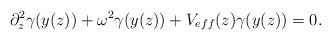
LaTeX: \begin{align*}\partial_z^2 \gamma(y(z)) + \omega^2 \gamma(y(z)) + V_{eff}(z)\gamma(y(z)) = 0. \end{align*}